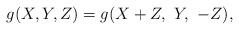
LaTeX: \begin{align*}g(X,Y,Z)=g(X+Z,\ Y,\ -Z),\end{align*}